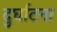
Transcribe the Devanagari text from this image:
दुर्घाटना